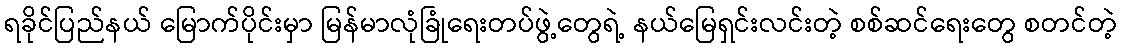
ရခိုင်ပြည်နယ် မြောက်ပိုင်းမှာ မြန်မာလုံခြုံရေးတပ်ဖွဲ့တွေရဲ့ နယ်မြေရှင်းလင်းတဲ့ စစ်ဆင်ရေးတွေ စတင်တဲ့